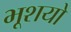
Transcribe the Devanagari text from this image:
भूशयो